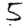
Digit: 5